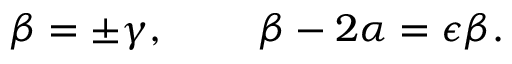
\beta = \pm \gamma , ~ ~ ~ ~ ~ ~ ~ \beta - 2 \alpha = \epsilon \beta .